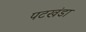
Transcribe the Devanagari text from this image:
पटखंडा